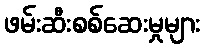
ဖမ်းဆီးစစ်ဆေးမှုများ